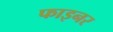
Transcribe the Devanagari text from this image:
फाइनर